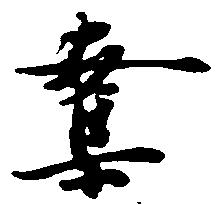
奪